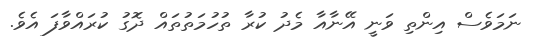
ނަމަވެސް އިންތި ވަނީ އޭނާއާ މެދު ކުރާ ތުހުމަތުތައް ދޮގު ކުރައްވާފަ އެވެ.